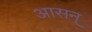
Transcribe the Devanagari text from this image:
आसन्